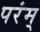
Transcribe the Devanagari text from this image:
परंम्